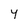
Character: y